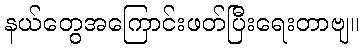
နယ်တွေအကြောင်းဖတ်ပြီးရေးတာဗျ။